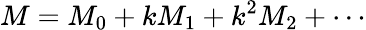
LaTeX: M=M_{0}+kM_{1}+k^{2}M_{2}+\cdots